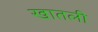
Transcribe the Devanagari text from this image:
खातली